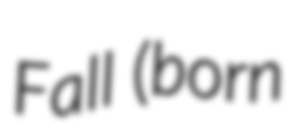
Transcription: Fall (born